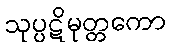
သုပ္ပဋိမုတ္တကော